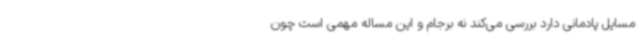
مسایل پادمانی دارد بررسی می‌کند نه برجام و این مساله مهمی است چون